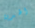
الهدية